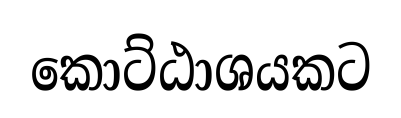
කොට්ඨාශයකට